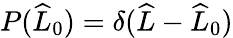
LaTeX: P(\widehat{L}_{0})=\delta(\widehat{L}-\widehat{L}_{0})